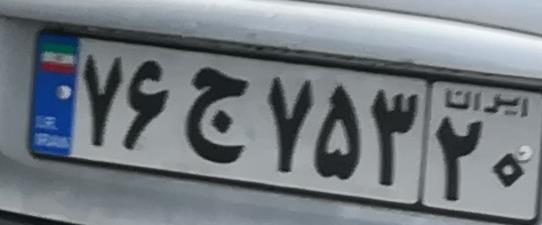
۷۶ج۷۵۳۲۰